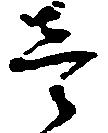
壱